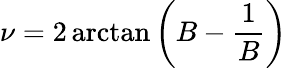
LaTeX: \nu=2\arctan\left(B-{\frac{1}{B}}\right)